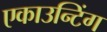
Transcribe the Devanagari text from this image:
एकाउन्टिंग